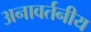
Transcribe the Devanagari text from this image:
अनावर्तनीय